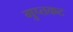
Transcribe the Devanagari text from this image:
गुप्तकट